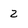
Character: 2